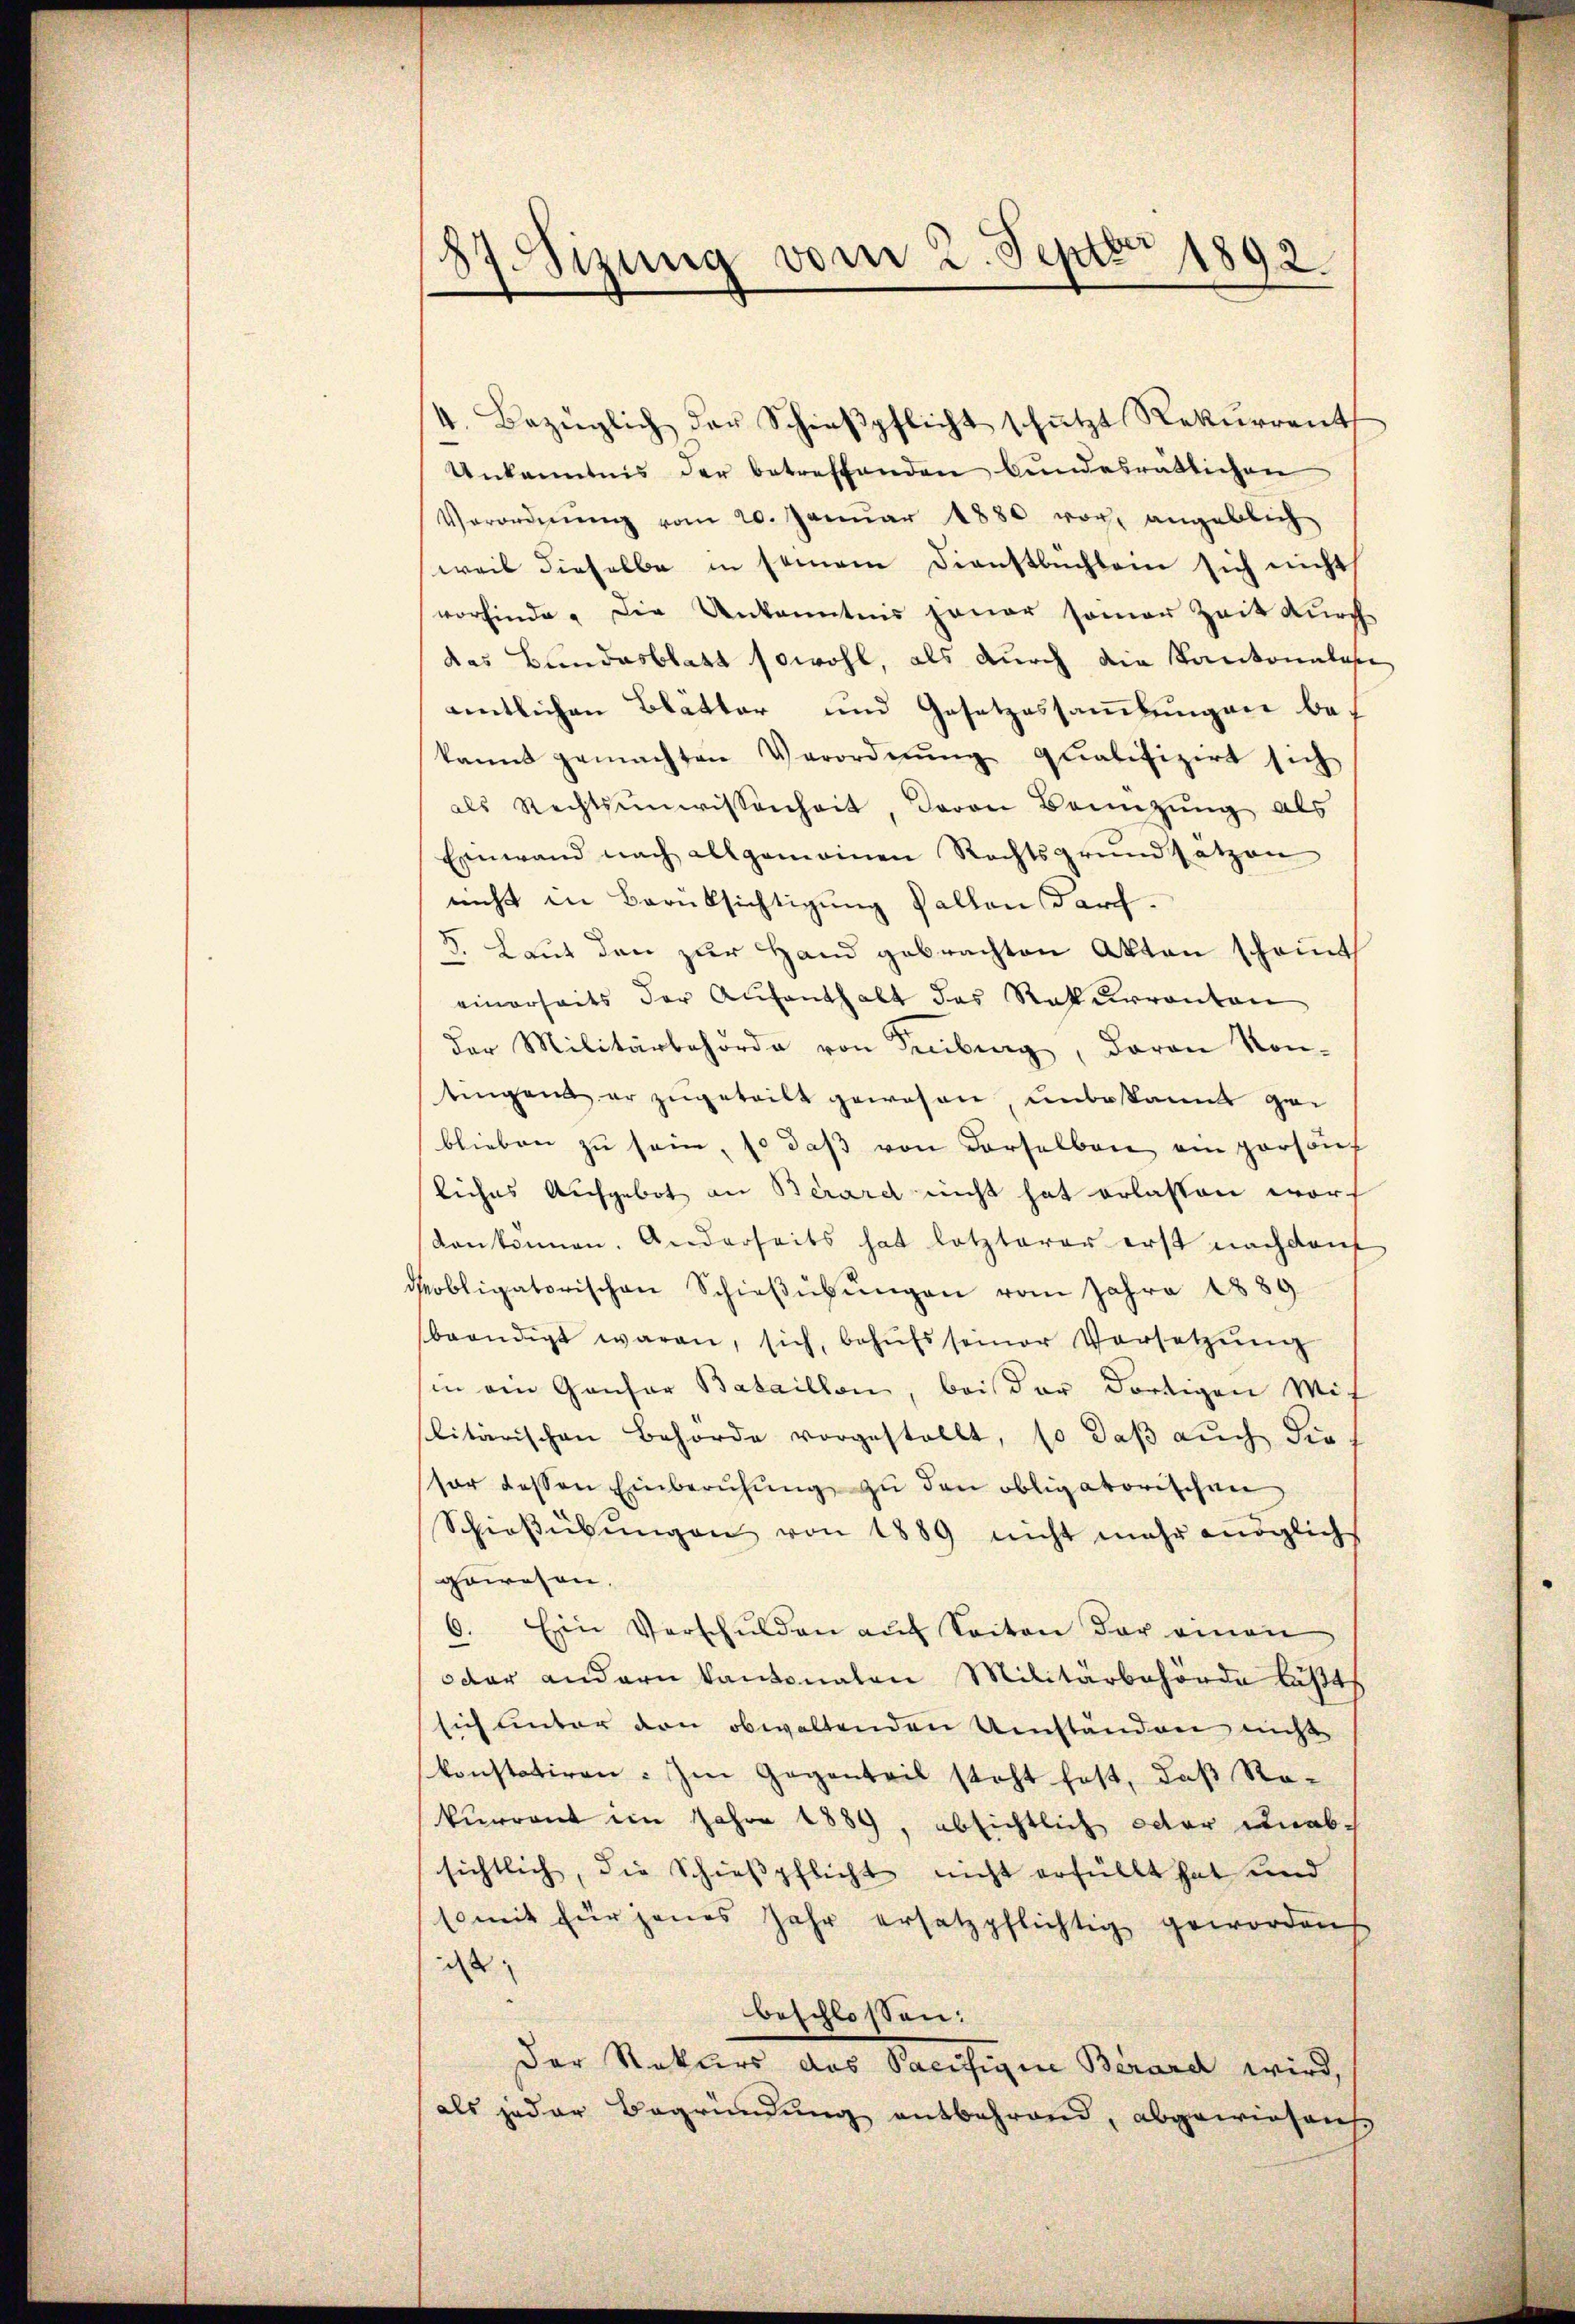
e
87. Sizung vom 2. Septbr 1892.

Unkanntnis der betreffenden bundesrätlichen
Verordnŭng vom 20. Janŭar 1880 vor angeblich
weil dieselbe in seinem Dienstbüchlein sich nicht
vorfinde. Die Unkenntnis jener seiner Zeit durch
das Bundesblatt sowohl, als durch die Kantonalan
entlichen Blätter und Gesetzessammlungen be-
kannt gemachten Verordnŭng qualifizirt sich
als Rechtseinwissenheit, davon Bannzung als
Einwand nach allgemeinen Rechtsgrundsätzen
nicht in Berüksichtigung fallen darf.
5. Laut den zur Hand gebrachten Akten schont
einerseits der Aufenthalt des Rekurrenten
der Militärbehörde von Freiburg, davon Kon-
tingend er zŭgeteilt gewesen, unbekannt gei
blieben zŭ sein, so daβ von derselben ein persönl
liches Aufgebot an Berard nicht hat erlassen word
kankonnen. Anderseits hat letzterer erst nachdem
Pobligatorischen Schieβübŭngen vom Jahre 1889
beendigt waren, sich, behŭfs seiner Versetzŭng
sin ein Gansor Bataillon, bei der dortigen Mit
slitärischen Behörde vorgestellt, so daß auch die
tor dessen Einberŭhŭng zu den obligatorischen
Schießübŭngen von 1889 nicht mehr möglich
gewesen.
6. Ein Verschŭlden aŭf Seiten der einen
oder andern kantonalen Militärbehörde läßt
sich unter den obwaltenden Umstanden nicht
konstatiren. Im Gegenteil steht fest, daß Ro-
kurront im Jahre 1889, absichtlich oder unabsichtlich, die Schießpflicht nicht erfüllt hat und
somit für jenes Jahr ersatzpflichtig geworden
d
beschlossen:
Der Rekurs das Paciffigine Berard wird,
als jeder Begründung entbehrend, abgewiesen.

4. Bezüglich der Schieβpflicht schützt Rekŭrrent